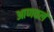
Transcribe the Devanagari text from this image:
आणवले